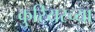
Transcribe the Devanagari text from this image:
कुरियरच्या